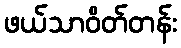
ဖယ်သာဝိတ်တန်း